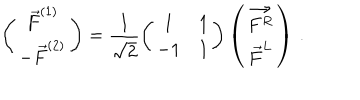
LaTeX: \left( \begin{array} { c } { { \vec { F } ^ { ( 1 ) } } } \\ { { - \vec { F } ^ { ( 2 ) } } } \\ \end{array} \right) = \frac { 1 } { \sqrt { 2 } } \left( \begin{array} { c c } { { 1 } } & { { 1 } } \\ { { - 1 } } & { { 1 } } \\ \end{array} \right) \left( \begin{array} { c } { { \vec { F ^ { R } } } } \\ { { \vec { F } ^ { L } } } \\ \end{array} \right) \, .